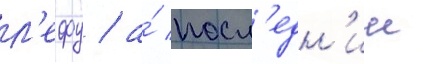
л'ефу / а́ посл'едн'ии